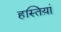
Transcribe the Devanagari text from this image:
हस्तिय़ां